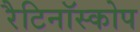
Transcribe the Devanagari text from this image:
रैटिनॉस्कोप